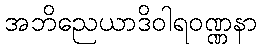
အဘိညေယာဒိဝါရဝဏ္ဏနာ